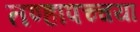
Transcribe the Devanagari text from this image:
तण्हापच्चया